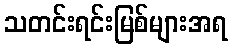
သတင်းရင်းမြစ်များအရ